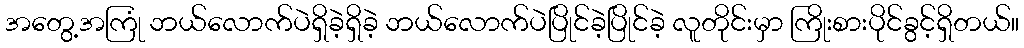
အတွေ့အကြုံ ဘယ်လောက်ပဲရှိခဲ့ရှိခဲ့ ဘယ်လောက်ပဲပြိုင်ခဲ့ပြိုင်ခဲ့ လူတိုင်းမှာ ကြိုးစားပိုင်ခွင့်ရှိတယ်။